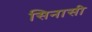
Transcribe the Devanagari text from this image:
सिनासी